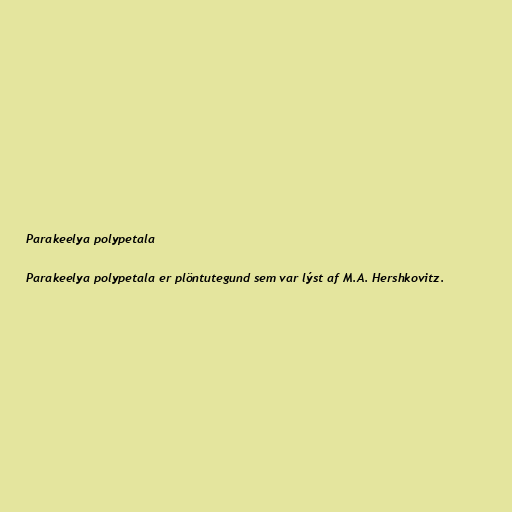
Parakeelya polypetala

Parakeelya polypetala er plöntutegund sem var lýst af M.A. Hershkovitz.